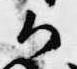
候